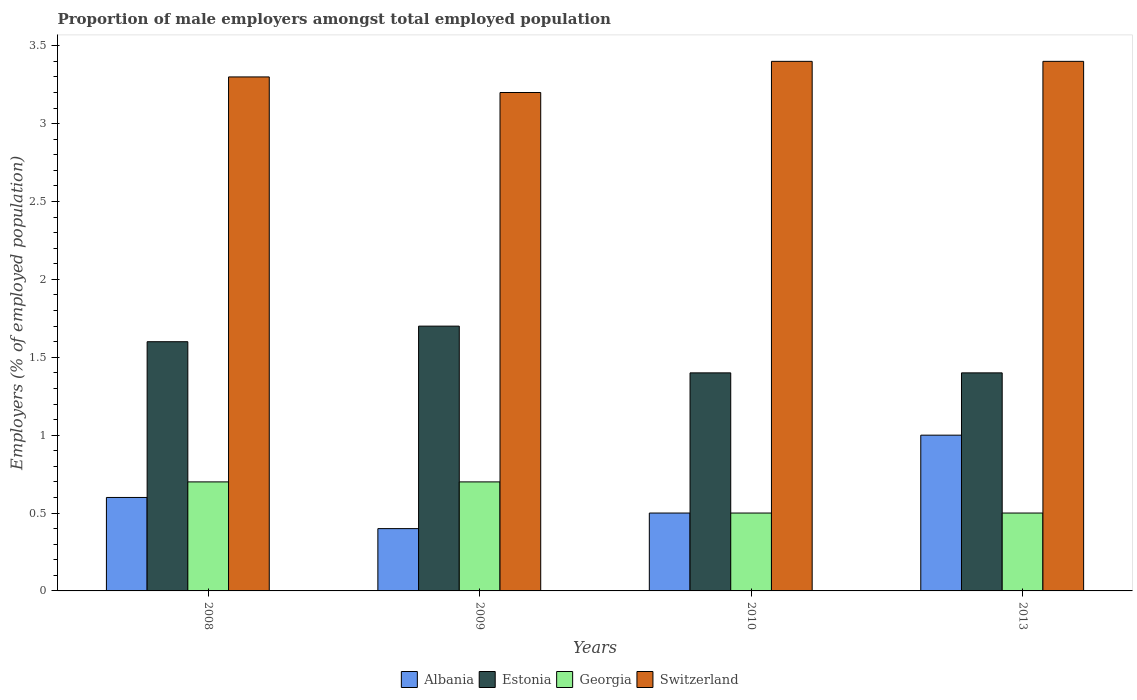
| Years | Albania | Estonia | Georgia | Switzerland |
 | --- | --- | --- | --- | --- |
 | 2008 | 0.6 | 1.6 | 0.7 | 3.3 |
 | 2009 | 0.4 | 1.7 | 0.7 | 3.2 |
 | 2010 | 0.5 | 1.4 | 0.5 | 3.4 |
 | 2013 | 1 | 1.4 | 0.5 | 3.4 |